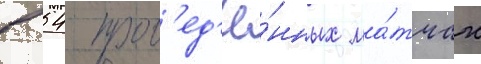
в 54 пров'ед'ё́нных ма́тчах